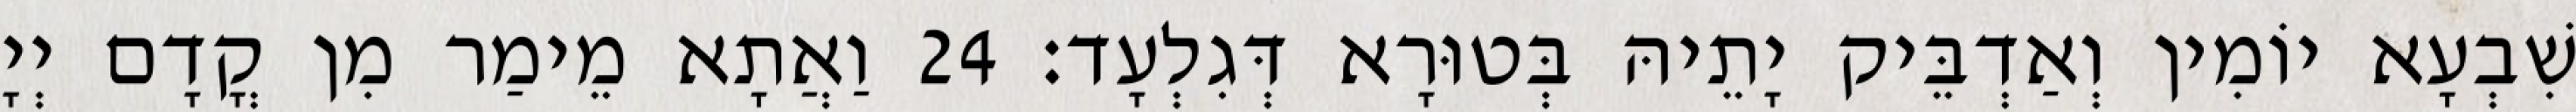
שִׁבְעָא יוֹמִין וְאַדְבֵּיק יָתֵיהּ בְּטוּרָא דְּגִלְעָד׃ 24 וַאֲתָא מֵימַר מִן קֳדָם יְיָ